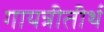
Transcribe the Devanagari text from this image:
गायत्रीतीर्थ